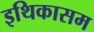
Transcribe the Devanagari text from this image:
इथिकासम